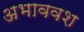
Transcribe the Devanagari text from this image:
अभाववश